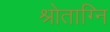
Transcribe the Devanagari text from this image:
श्रोताग्नि